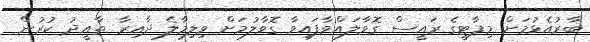
ބާރުއެޅުމަށް މިޕާޓީގެ ރައީސް ގޮވާލައްވާފައިވާ ގޮވާލުމަށް ވިލިމާލެ ދާއިރާ ތާއީދު ކުރުން